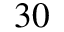
3 0